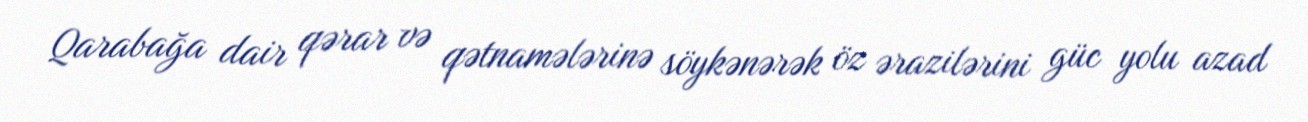
Qarabağa dair qərar və qətnamələrinə söykənərək öz ərazilərini güc yolu azad